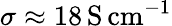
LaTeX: \sigma\approx 18\, \mathrm{S\, cm^{-1}}